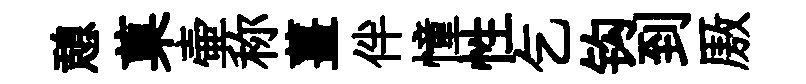
憩菓壷称薑伴憧性乞钩到厫